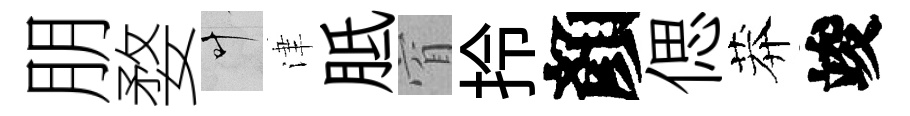
朋婺叶津胝窅拎顏偲莽竣